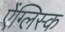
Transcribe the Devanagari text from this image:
ऐंग्लिस्क